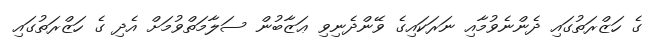
ގެ ހަޒްރަތުގައި ދެންނެވުމާއި ނަރަކައިގެ ވޭންދެނިވި ޢަޒާބުން ސަލާމަތްވުމަށް އެދި ގެ ހަޒްރަތުގައި